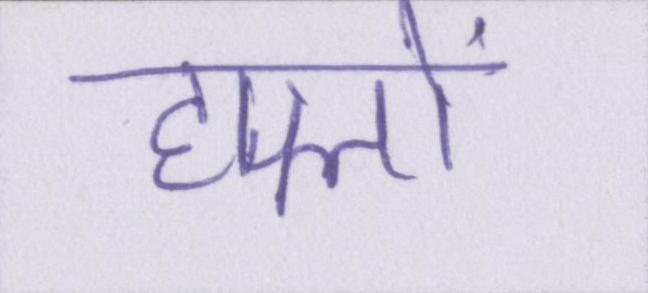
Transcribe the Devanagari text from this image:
हफ्तों